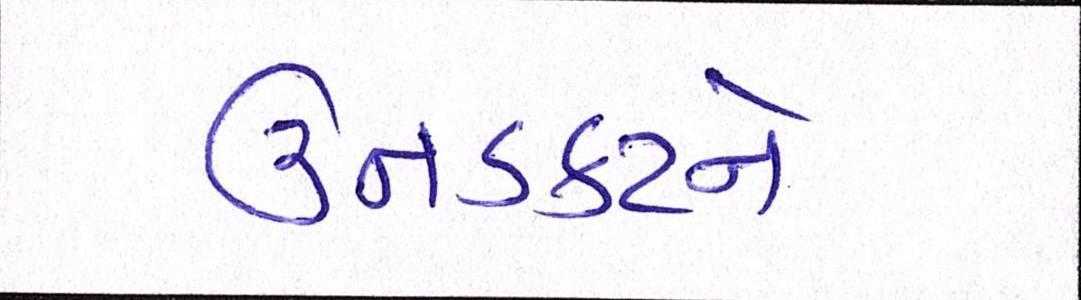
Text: ઉનડકટને